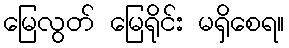
မြေလွတ် မြေရိုင်း မရှိစေရ။